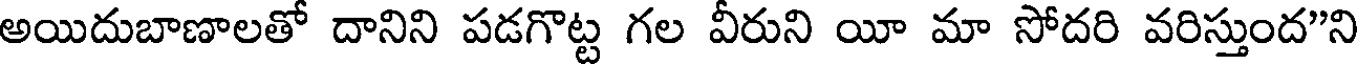
అయిదుబాణాలతో దానిని పడగొట్ట గల వీరుని యీ మా సోదరి వరిస్తుంద"ని